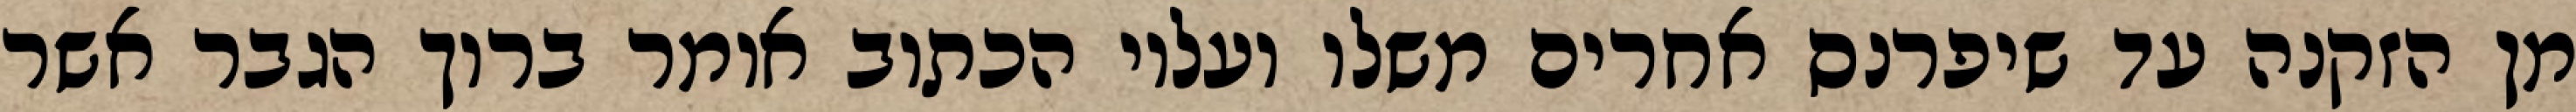
מן הזקנה עד שיפרנס אחרים משלו ועליו הכתוב אומר ברוך הגבר אשר